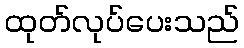
ထုတ်လုပ်ပေးသည်